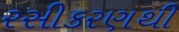
રસીકરણથી